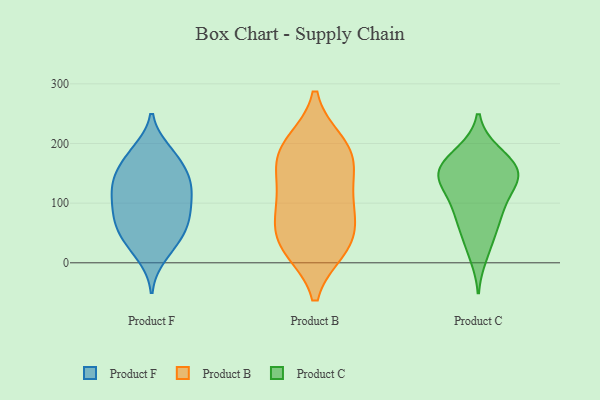
{"axis": {"x": "Demand Index", "y": "Value"}, "legend": ["Product B", "Product C", "Product F"], "data": [{"x": "", "y": 132, "type": "Product F"}, {"x": "", "y": 116, "type": "Product F"}, {"x": "", "y": 173, "type": "Product F"}, {"x": "", "y": 140, "type": "Product F"}, {"x": "", "y": 161, "type": "Product F"}, {"x": "", "y": 53, "type": "Product F"}, {"x": "", "y": 133, "type": "Product F"}, {"x": "", "y": 132, "type": "Product F"}, {"x": "", "y": 81, "type": "Product F"}, {"x": "", "y": 49, "type": "Product F"}, {"x": "", "y": 187, "type": "Product F"}, {"x": "", "y": 83, "type": "Product F"}, {"x": "", "y": 12, "type": "Product F"}, {"x": "", "y": 46, "type": "Product F"}, {"x": "", "y": 80, "type": "Product F"}, {"x": "", "y": 81, "type": "Product F"}, {"x": "", "y": 184, "type": "Product F"}, {"x": "", "y": 26, "type": "Product F"}, {"x": "", "y": 113, "type": "Product F"}, {"x": "", "y": 165, "type": "Product B"}, {"x": "", "y": 197, "type": "Product B"}, {"x": "", "y": 52, "type": "Product B"}, {"x": "", "y": 29, "type": "Product B"}, {"x": "", "y": 101, "type": "Product B"}, {"x": "", "y": 200, "type": "Product B"}, {"x": "", "y": 29, "type": "Product B"}, {"x": "", "y": 181, "type": "Product B"}, {"x": "", "y": 24, "type": "Product B"}, {"x": "", "y": 105, "type": "Product B"}, {"x": "", "y": 85, "type": "Product B"}, {"x": "", "y": 153, "type": "Product B"}, {"x": "", "y": 185, "type": "Product C"}, {"x": "", "y": 41, "type": "Product C"}, {"x": "", "y": 156, "type": "Product C"}, {"x": "", "y": 138, "type": "Product C"}, {"x": "", "y": 100, "type": "Product C"}, {"x": "", "y": 146, "type": "Product C"}, {"x": "", "y": 158, "type": "Product C"}, {"x": "", "y": 152, "type": "Product C"}, {"x": "", "y": 69, "type": "Product C"}, {"x": "", "y": 130, "type": "Product C"}, {"x": "", "y": 185, "type": "Product C"}, {"x": "", "y": 73, "type": "Product C"}, {"x": "", "y": 13, "type": "Product C"}, {"x": "", "y": 99, "type": "Product C"}, {"x": "", "y": 151, "type": "Product C"}]}